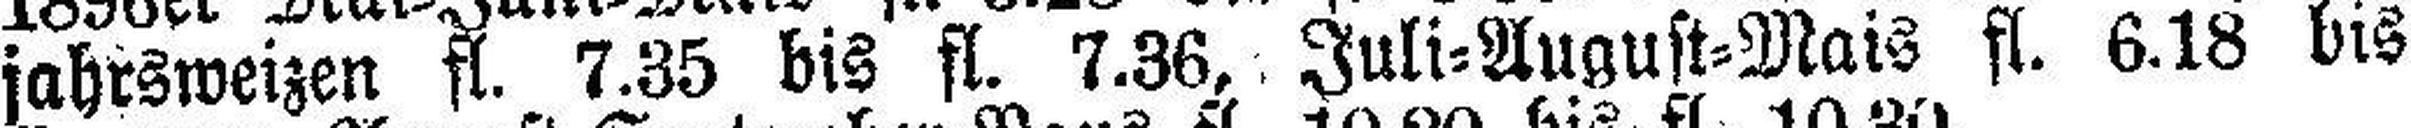
jahrsweizen fl. 7.35 bis fl. 7.36, Juli=August=Mais fl. 6.18 bis